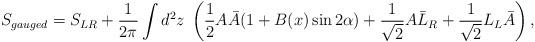
LaTeX: \begin{align*}S_{gauged} = S_{LR} + \frac{1}{2\pi} \int d^2 z \; \left( \frac{1}{2} A \bar{A} ( 1+ B(x) \sin 2\alpha ) + \frac{1}{\sqrt{2}} A \bar{L}_R + \frac{1}{\sqrt{2}} L_L \bar{A} \right), \end{align*}